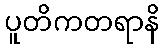
ပူတိကတရာနိ